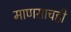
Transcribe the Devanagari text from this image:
माणसाचही